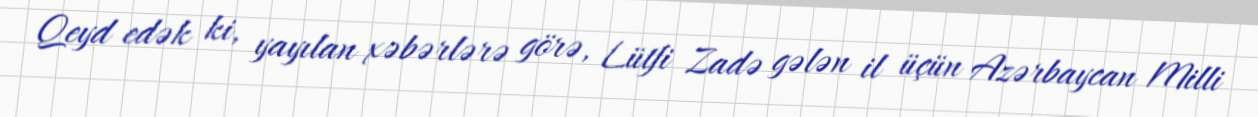
Qeyd edək ki, yayılan xəbərlərə görə, Lütfi Zadə gələn il üçün Azərbaycan Milli